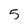
Character: 5